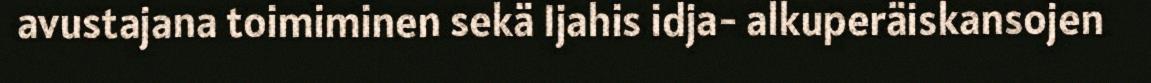
avustajana toimiminen sekä Ijahis idja- alkuperäiskansojen